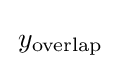
\,y_{\mathrm {overlap} }